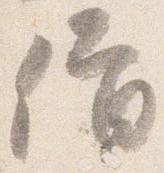
僧